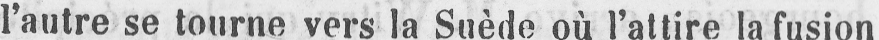
l’autre se tourne vers la Suède où l’attire la fusion